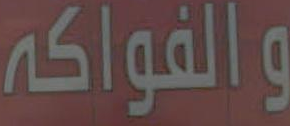
والفواكه